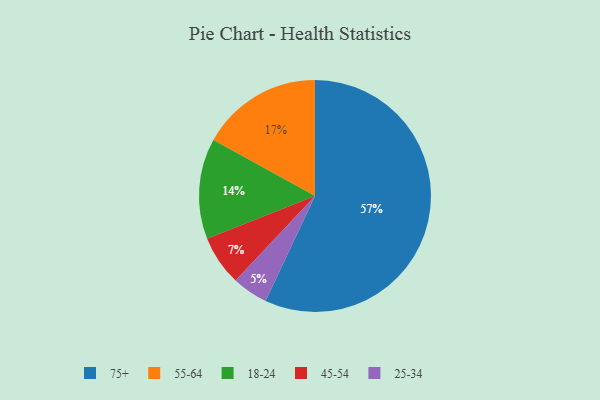
{"axis": {"x": "Category", "y": "Percentage"}, "legend": ["18-24", "25-34", "45-54", "55-64", "75+"], "data": [{"x": "55-64", "y": 17, "type": "55-64"}, {"x": "18-24", "y": 14, "type": "18-24"}, {"x": "25-34", "y": 5, "type": "25-34"}, {"x": "75+", "y": 57, "type": "75+"}, {"x": "45-54", "y": 7, "type": "45-54"}]}